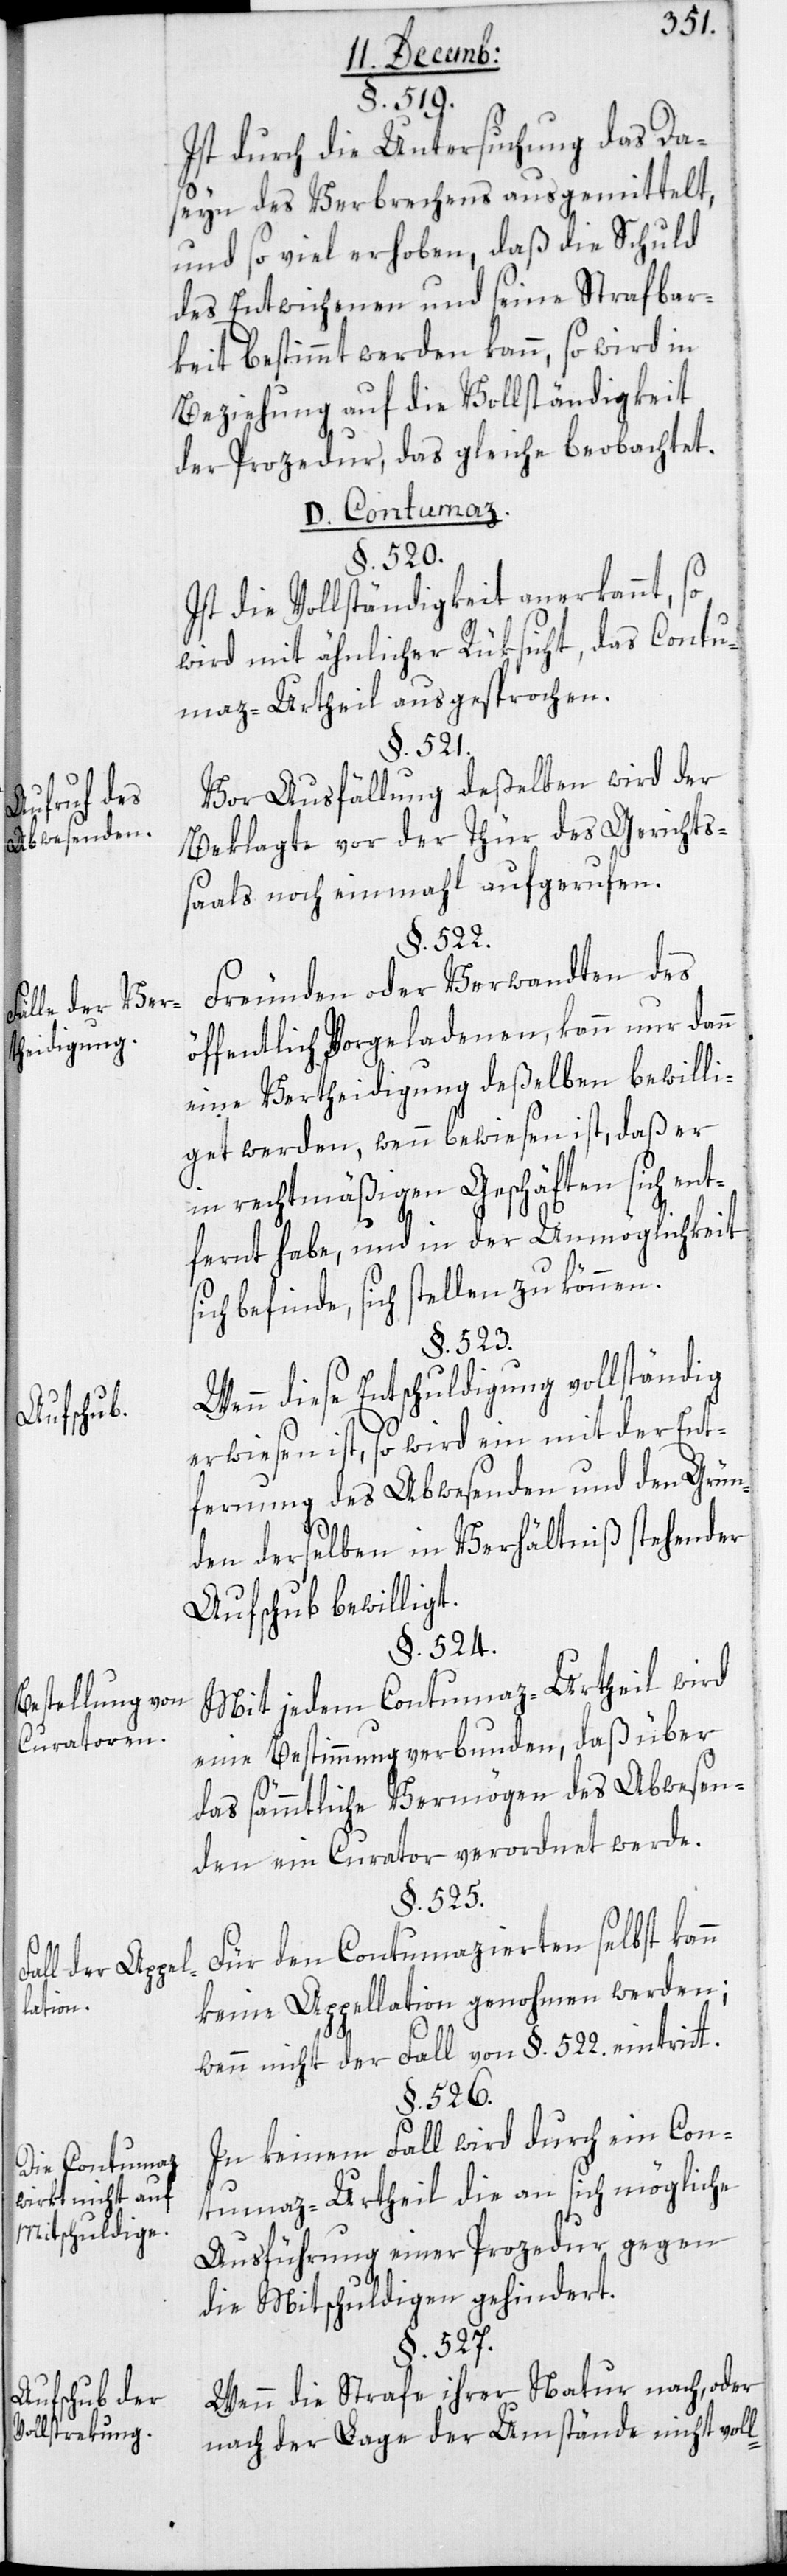
Aufruf des
Abwesenden.
Fälle der Ver¬
theidigung.
Aufschub.
Bestellung von
Curatoren.
all der Appel¬
lation.
Die Contumaz
wirkt nicht auf
Mitschuldige.
Aufschub der
Vollstrekung.

§. 519.
Ist durch die Untersuchung das Da¬
seyn des Verbrechens ausgemittelt,
und so viel erhoben, daß die Schuld
des Entwichenen und seine Strafbar¬
keit bestimmt werden kann, so wird in
Beziehung auf die Vollständigkeit
der Prozedur, das Gleiche beobachtet.
D. Contumaz.
§. 526.
Ist die Vollständigkeit anerkannt, so
wird mit ähnlicher Rüksicht das Contu¬
maz-Urtheil ausgesprochen.
§. 521.
Vor Ausfällung deßelben wird der
Beklagte vor der Thür des Gerichts¬
saals noch einmahl aufgerufen.
§. 522.
Freunden oder Verwandten des
öffentlich Vorgeladenen, kann nur dann
eine Vertheidigung deßelben bewilli¬
get werden, wenn bewiesen ist, daß er
in rechtmäßigen Geschäften sich ent¬
fernt habe, und in der Unmöglichkeit
ich befinde, sich stellen zu können.
§. 523.
Wenn diese Entschuldigung vollständig
erwiesen ist, so wird ein mit der Ent¬
fernung des Abwesenden und den Grün¬
den derselben in Verhältniß stehender
Aufschub bewilligt.
§. 524.
Mit jedem Contumaz-Urtheil wird
eine Bestimmung verbunden, daß über
das sämtliche Vermögen des Abwesen¬
den ein Curator verordnet werde.
§. 525.
Für den Contumazierten selbst kann
keine Appellation genohmen werden;
wenn nicht der Fall von §. 522. eintritt.
In keinem Fall wird durch ein Con¬
tumaz-Urtheil die an sich mögliche
Ausführung einer Prozedur gegen
die Mitschuldigen gehindert.
§. 527.
Wenn die Strafe ihrer Natur nach, oder
nach der Lage der Umstände nicht voll-